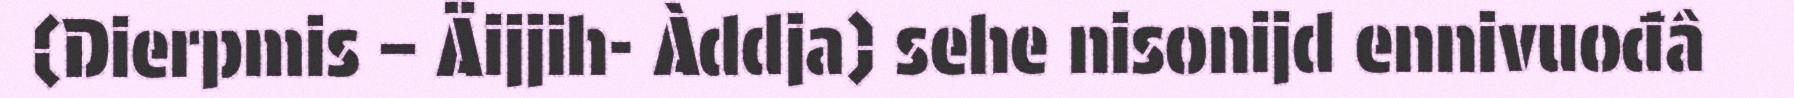
(Dierpmis – Äijjih- Àddja) sehe nisonijd ennivuođâ